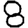
Digit: 8